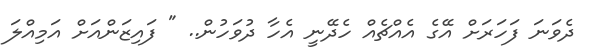
ދެވަނަ ފަހަރަށް އޭގެ އެއްޗެއް ހެދޭނީ އެހާ ދުވަހުން.. " ފައިޒަންއަށް އަމިއްލަ